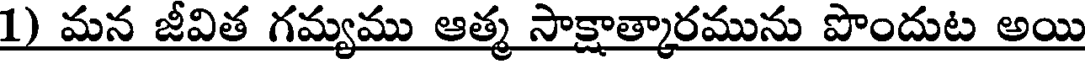
1) మన జీవిత గమ్యము ఆత్మ సాక్షాత్కారమును పొందుట అయి